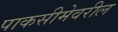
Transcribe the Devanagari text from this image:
पाकसीमेवरील